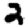
Digit: 2